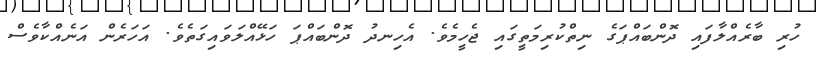
ހުރި ބާރެއްލާފައި ދޮންބައްޕަގެ ނިތްކުރިމަތީގައި ޖެހީމެވެ. އެހިނދު ދޮންބައްޕަ ހަޅޭއްލަވައިގަތެވެ. އަހަރެން އަނެއްކާވެސް